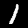
Label: 1